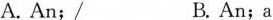
A. An;/ B. An;a